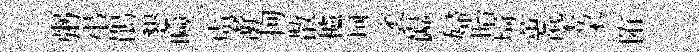
粥弔鵑懇噞虜澣拘散櫨珂袤巋婦眙𤦺蕙㮣朶陏